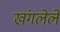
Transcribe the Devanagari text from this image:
खंगलेले